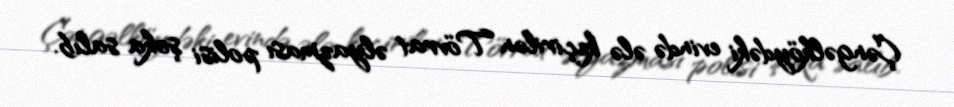
Çəngəlköydəki evində ələ keçirilən Tövrat əlyazması polisi şoka salıb.